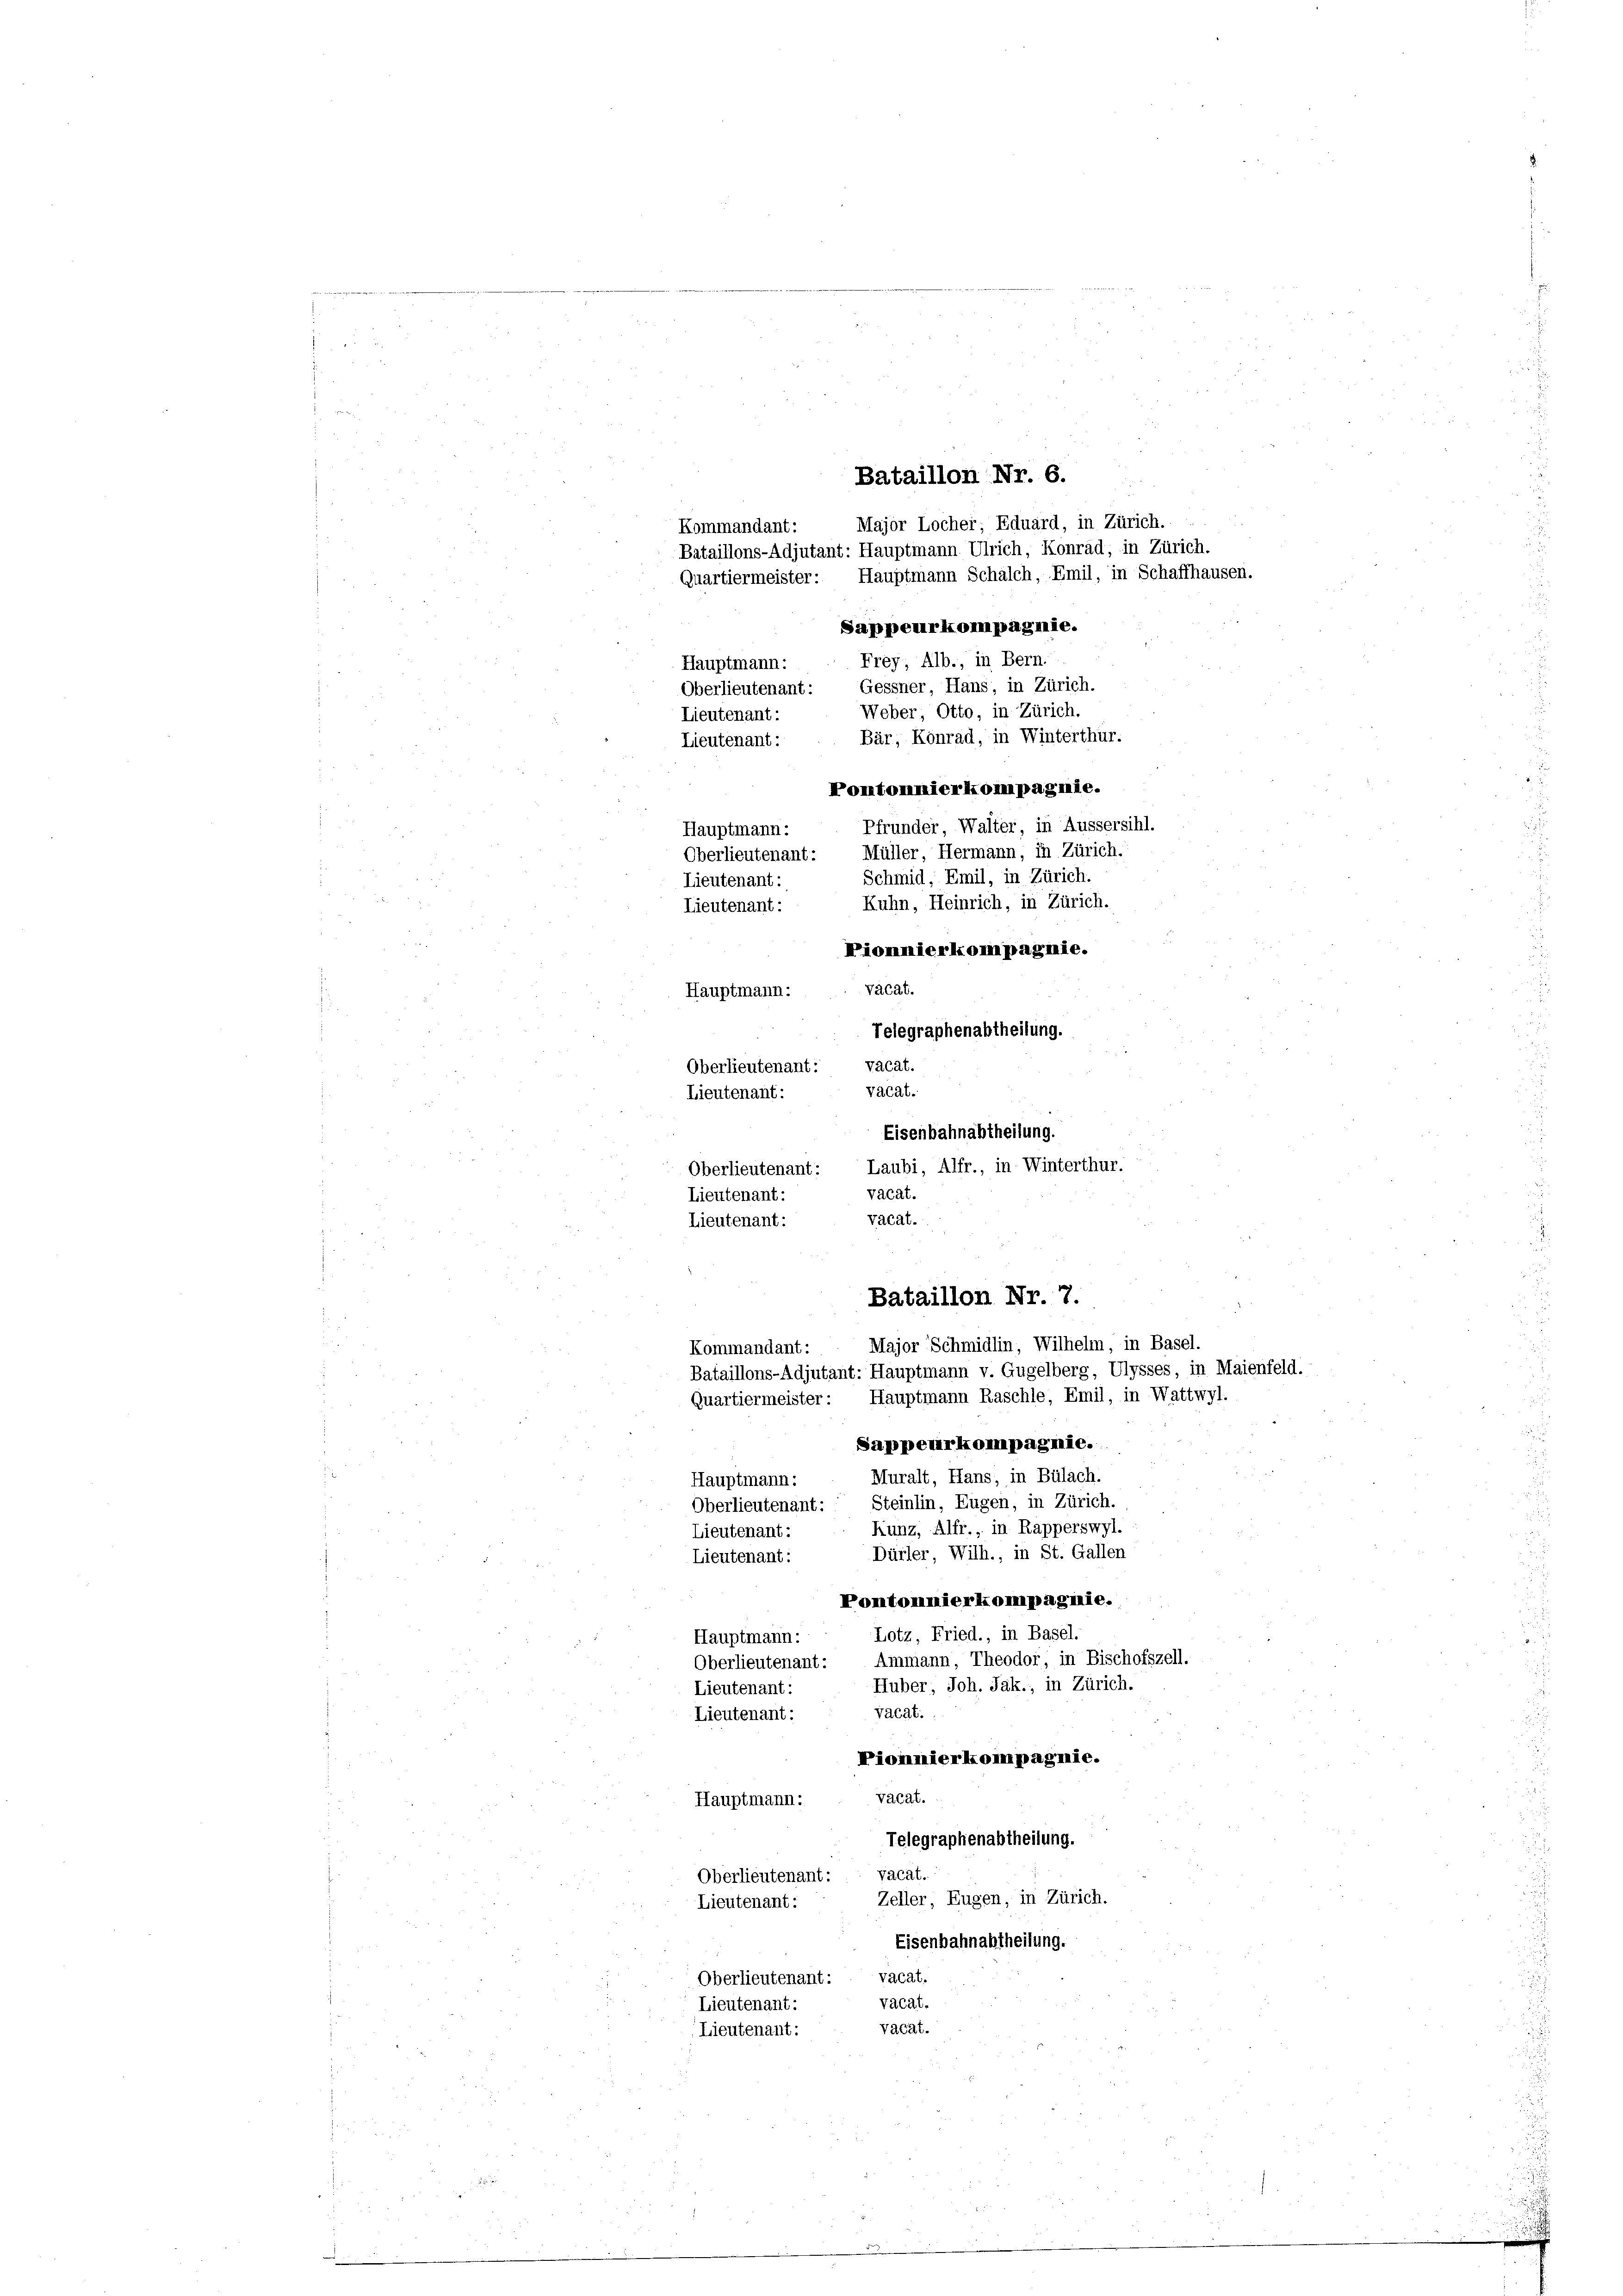
¬
Kommandant:
Quartiermeister:

Major Locher; Eduard, in Zürich.
Bataillons-Adjutant: Hauptmann. Ulrich, Konrad, in Zürich.
Hauptmann Schalch, Emil, in Schaffhausen.
Hauptmann:
Bataillon Nr. 7.
Major Schmidlin, Wilhelm, in Basel.
e
Bataillons-Adjutant: Hauptmann v. Gugelberg, Ulysses, in Maienfeld.
Quartiermeister: Hauptmann Raschle, Emil, in Wattwyl.
Sappeurkompagnie.
Muralt, Hans, in Bülach.
Oberlieutenant: Steinlin, Eugen, in Zürich.
Kunz, Alfr., in Rapperswyl.
Dürler, Wilh., in St. Gallen
.
Pontonnierkompagnie.
Lotz, Fried., in Basel.
Hauptmann:
Oberlieutenant: Ammann, Theodor, in Bischofszell.
Huber, Joh. Jak.; in Zürich.
Lieutenant:
vacat.
Lieutenant:
Piomnierkompagnie.
vacat.
Hauptmann:
Telegraphenabtheilung.
Vacat.
Oberlieutenant:
Zeller, Eugen, in Zürich.
Lieutenant:
Eisenbahnabtheilung.
Oberlieutenant: vacat.
Vacat.
Lieutenant:
vacat.
Lieutenant:

Oberlieutenant:
Lieutenant:
Lieutenant:

Hauptmann:
Lieutenant:
Lieutenant:
Hauptmann:
Oberlieutenant: vacat.
Lieutenant:
Lieutenant:
Lieutenant:
Kommandant:
u
Hauptmann:
Lieutenant:
Lieutenant:

Bataillon Nr. 6.

Sappeurkompagnie.
Frey, Alb., in Bern.
Gessner, Hans, in Zürich.
Weber, Otto, in Zürich.
Bär, Konrad, in Winterthür.

Pontonnierkompagnie.
Pfrunder, Walter, in Äussersihl.
Oberlieutenant: Müller, Hermann, in Zürich.
Schmid, Emil, in Zürich.
Kuhn, Heinrich, in Zürich.
Piomnierkompagnie.
vacat.
Telegraphenabtheilung.
vacat.
Eisenbahnabtheilung.
Oberlieutenant: Laubi, Alfr., in Winterthur.
vacat.
vacat.